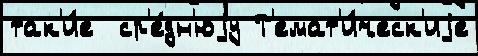
так'и́е  ср'е́дн'юjу Т'емат'и́ческ'иjе